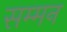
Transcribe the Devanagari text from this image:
सम्‍मन